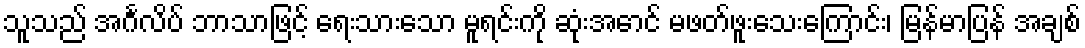
သူသည် အင်္ဂလိပ် ဘာသာဖြင့် ရေးသားသော မူရင်းကို ဆုံးအောင် မဖတ်ဖူးသေးကြောင်း၊ မြန်မာပြန် အချစ်